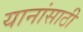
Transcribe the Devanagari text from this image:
यानांसाठी